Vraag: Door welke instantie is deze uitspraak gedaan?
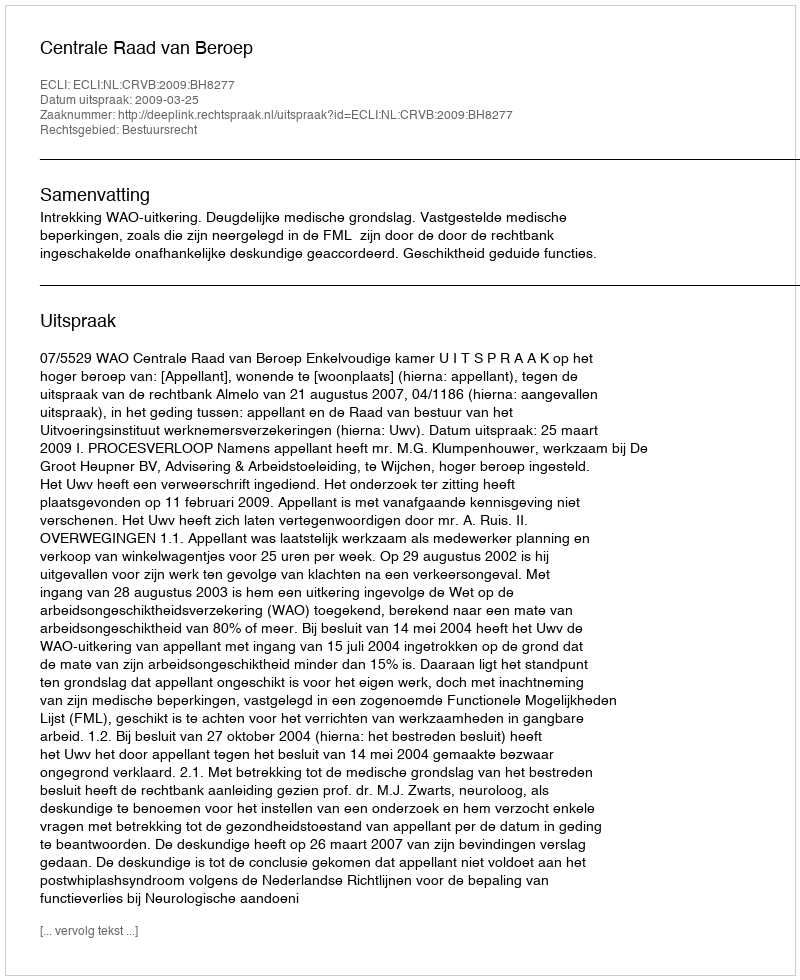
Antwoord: Centrale Raad van Beroep